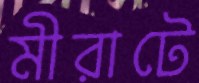
মীরাটে